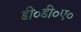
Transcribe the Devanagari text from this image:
डी०डी०ए०